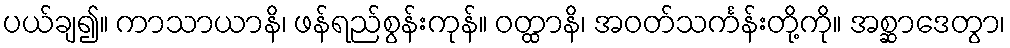
ပယ်ချ၍။ ကာသာယာနိ၊ ဖန်ရည်စွန်းကုန်။ ဝတ္ထာနိ၊ အဝတ်သင်္ကန်းတို့ကို။ အစ္ဆာဒေတွာ၊